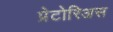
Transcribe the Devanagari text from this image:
प्रेटोरिअस